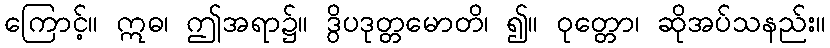
ကြောင့်။ ဣဓ၊ ဤအရာ၌။ ဒွိပဒုတ္တမောတိ၊ ၍။ ဝုတ္တော၊ ဆိုအပ်သနည်း။